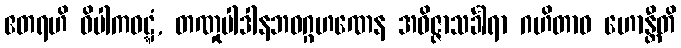
ဧတရဟိ ဝိပါကဝဋ္ဋံ, တဏှုပါဒါနဘဝဂ္ဂဟဏေန အဝိဇ္ဇာသင်္ခါရာ ဂဟိတာဝ ဟောန္တီတိ